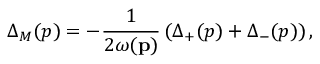
\Delta _ { M } ( p ) = - \frac { 1 } { 2 \omega ( \mathbf p ) } \left( \Delta _ { + } ( p ) + \Delta _ { - } ( p ) \right) ,